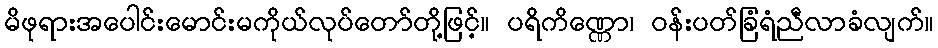
မိဖုရားအပေါင်းမောင်းမကိုယ်လုပ်တော်တို့ဖြင့်။ ပရိကိဏ္ဏော၊ ဝန်းပတ်ခြံရံညီလာခံလျက်။